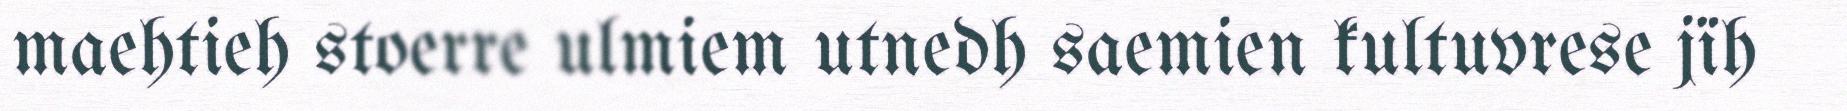
maehtieh stoerre ulmiem utnedh saemien kultuvrese jïh